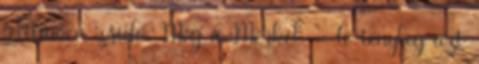
feltűnően zsidó. Meg a Merkel. " Te tényleg azt